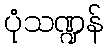
ပုံသဏ္ဍန်